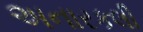
અનારકલી